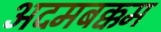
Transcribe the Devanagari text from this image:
अदमबक्कम